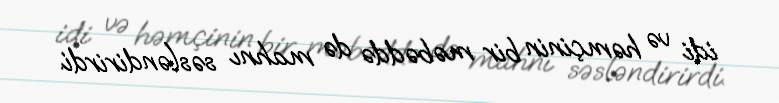
idi və həmçinin bir məbəddə də mahnı səsləndirirdi.